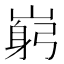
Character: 𡺺